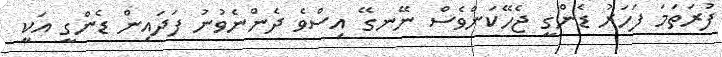
ފުރަތަމަ ފަހަރު ޑެންގީ ޖެހޭކަންވެސް ނޭނގޭ އިސްވެ ދެންނެވުނު ފަދައިން ޑެންގީ އަކީ